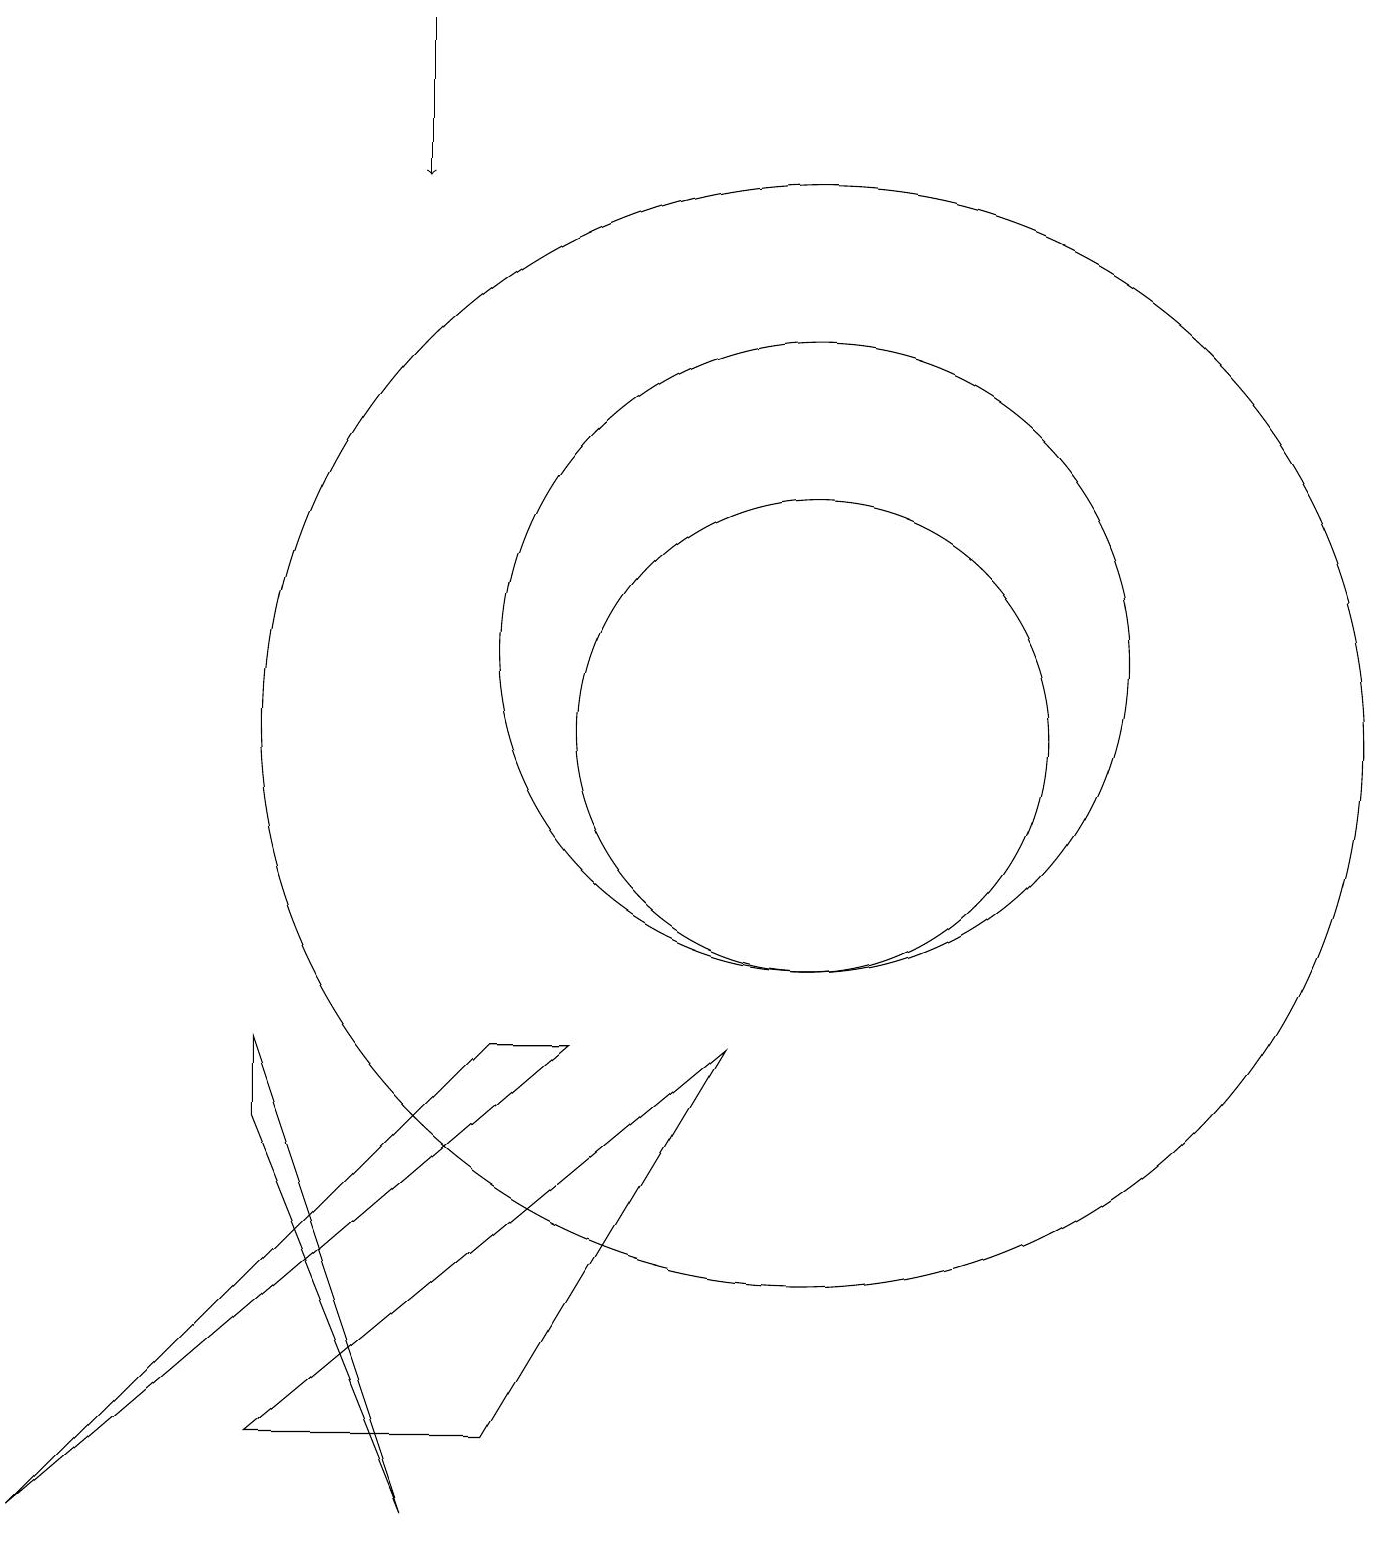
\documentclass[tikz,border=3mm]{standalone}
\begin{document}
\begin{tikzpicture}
\draw (0,0) -- (6,6) -- (7,6) -- cycle;
\draw (9,6) -- (6,1) -- (3,1) -- cycle;
\draw (3,5) -- (5,0) -- (3,6) -- cycle;
\draw (10,10) circle (7);
\draw (10,10) circle (3);
\draw (10,11) circle (4);
\draw[->] (5,19) -- (5,17);
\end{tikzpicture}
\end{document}